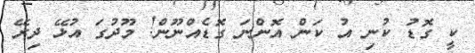
ކީ ގޮޑު ކުނި އު ކަން އޮންނަ ގޮޑެއްނޫން! މޫދުގަ އުޅޭ ދިރޭ